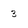
Character: 3